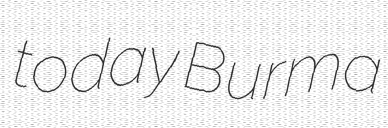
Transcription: today Burma